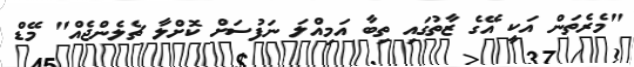
"މެރެތަން އަކީ އޭގެ ޒާތުގައި ތިބާ އަމިއްލަ ނަފުސަށް ކޮށްލާ ޗެލެންޖެއް" މޭޑް